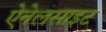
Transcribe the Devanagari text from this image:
ऐनेलसाइट